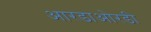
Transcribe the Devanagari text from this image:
आरडाओरडी